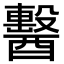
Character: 𨣗